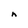
Character: n